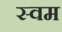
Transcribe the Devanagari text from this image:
स्वम